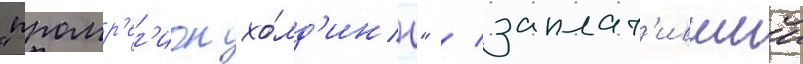
"промр'ег'ион хо́лд'инг" / заплат'ившии